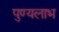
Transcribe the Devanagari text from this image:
पुण्यलाभ